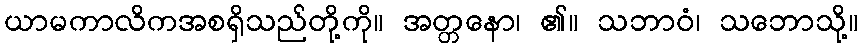
ယာမကာလိကအစရှိသည်တို့ကို။ အတ္တနော၊ ၏။ သဘာဝံ၊ သဘောသို့။